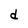
Character: d